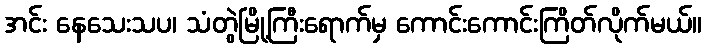
အင်း နေသေးသပ၊ သံတွဲမြို့ကြီးရောက်မှ ကောင်းကောင်းကြိတ်လိုက်မယ်။